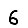
Digit: 6